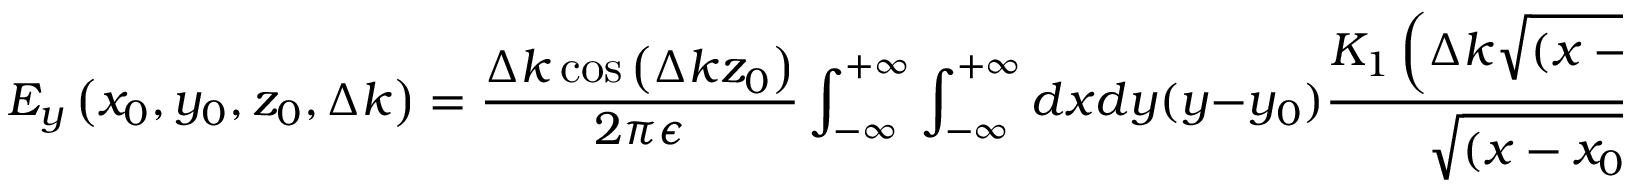
E _ { y } \left( x _ { 0 } , y _ { 0 } , z _ { 0 } , \Delta k \right) = \frac { \Delta k \cos \left( \Delta k z _ { 0 } \right) } { 2 \pi \epsilon } \int _ { - \infty } ^ { + \infty } \int _ { - \infty } ^ { + \infty } d x d y ( y - y _ { 0 } ) \frac { K _ { 1 } \left( \Delta k \sqrt { ( x - x _ { 0 } ) ^ { 2 } + ( y - y _ { 0 } ) ^ { 2 } } \right) } { \sqrt { ( x - x _ { 0 } ) ^ { 2 } + ( y - y _ { 0 } ) ^ { 2 } } } \rho _ { 0 } ( x , y )